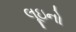
લૂઇનો